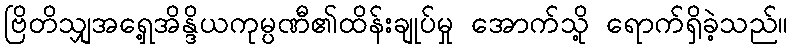
ဗြိတိသျှအရှေ့အိန္ဒိယကုမ္ပဏီ၏ထိန်းချုပ်မှု အောက်သို့ ရောက်ရှိခဲ့သည်။